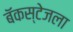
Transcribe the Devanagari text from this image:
बॅकस्टेजला